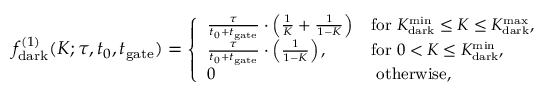
\small { f _ { \mathit { \mathrm { d a r k } } } ^ { ( 1 ) } ( K ; \tau , t _ { 0 } , t _ { \mathrm { g a t e } } ) = \left\{ \begin{array} { l l } { \frac { \tau } { t _ { 0 } + t _ { \mathrm { g a t e } } } \cdot \left( \frac { 1 } { K } + \frac { 1 } { 1 - K } \right) } & { \mathrm { f o r ~ } K _ { \mathrm { d a r k } } ^ { \mathrm { m i n } } \leq K \leq K _ { \mathrm { d a r k } } ^ { \mathrm { m a x } } , } \\ { \frac { \tau } { t _ { 0 } + t _ { \mathrm { g a t e } } } \cdot \left( \frac { 1 } { 1 - K } \right) , } & { \mathrm { f o r ~ } 0 < K \leq K _ { \mathrm { d a r k } } ^ { \mathrm { m i n } } , } \\ { 0 } & { \mathrm { ~ o t h e r w i s e } , } \end{array} \right. }